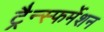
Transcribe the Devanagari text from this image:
ट्रैन्स्फर्मेशन